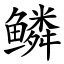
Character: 鳞